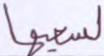
لسعيها